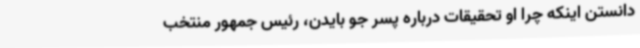
دانستن اینکه چرا او تحقیقات درباره پسر جو بایدن، رئیس جمهور منتخب